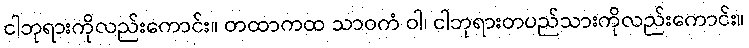
ငါဘုရားကိုလည်းကောင်း။ တထာကထ သာဝကံ ဝါ၊ ငါဘုရားတပည်သားကိုလည်းကောင်း။